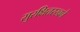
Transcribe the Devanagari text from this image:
सुरक्षितरखने